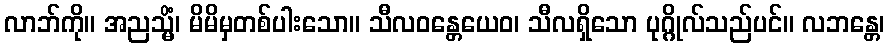
လာဘ်ကို။ အညသ္မိံ၊ မိမိမှတစ်ပါးသော။ သီလဝန္တေယေဝ၊ သီလရှိသော ပုဂ္ဂိုလ်သည်ပင်။ လဘန္တေ၊